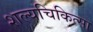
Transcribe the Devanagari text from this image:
शल्‍यचिकित्‍सा